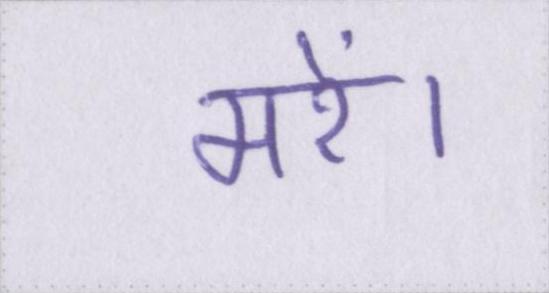
मरें।